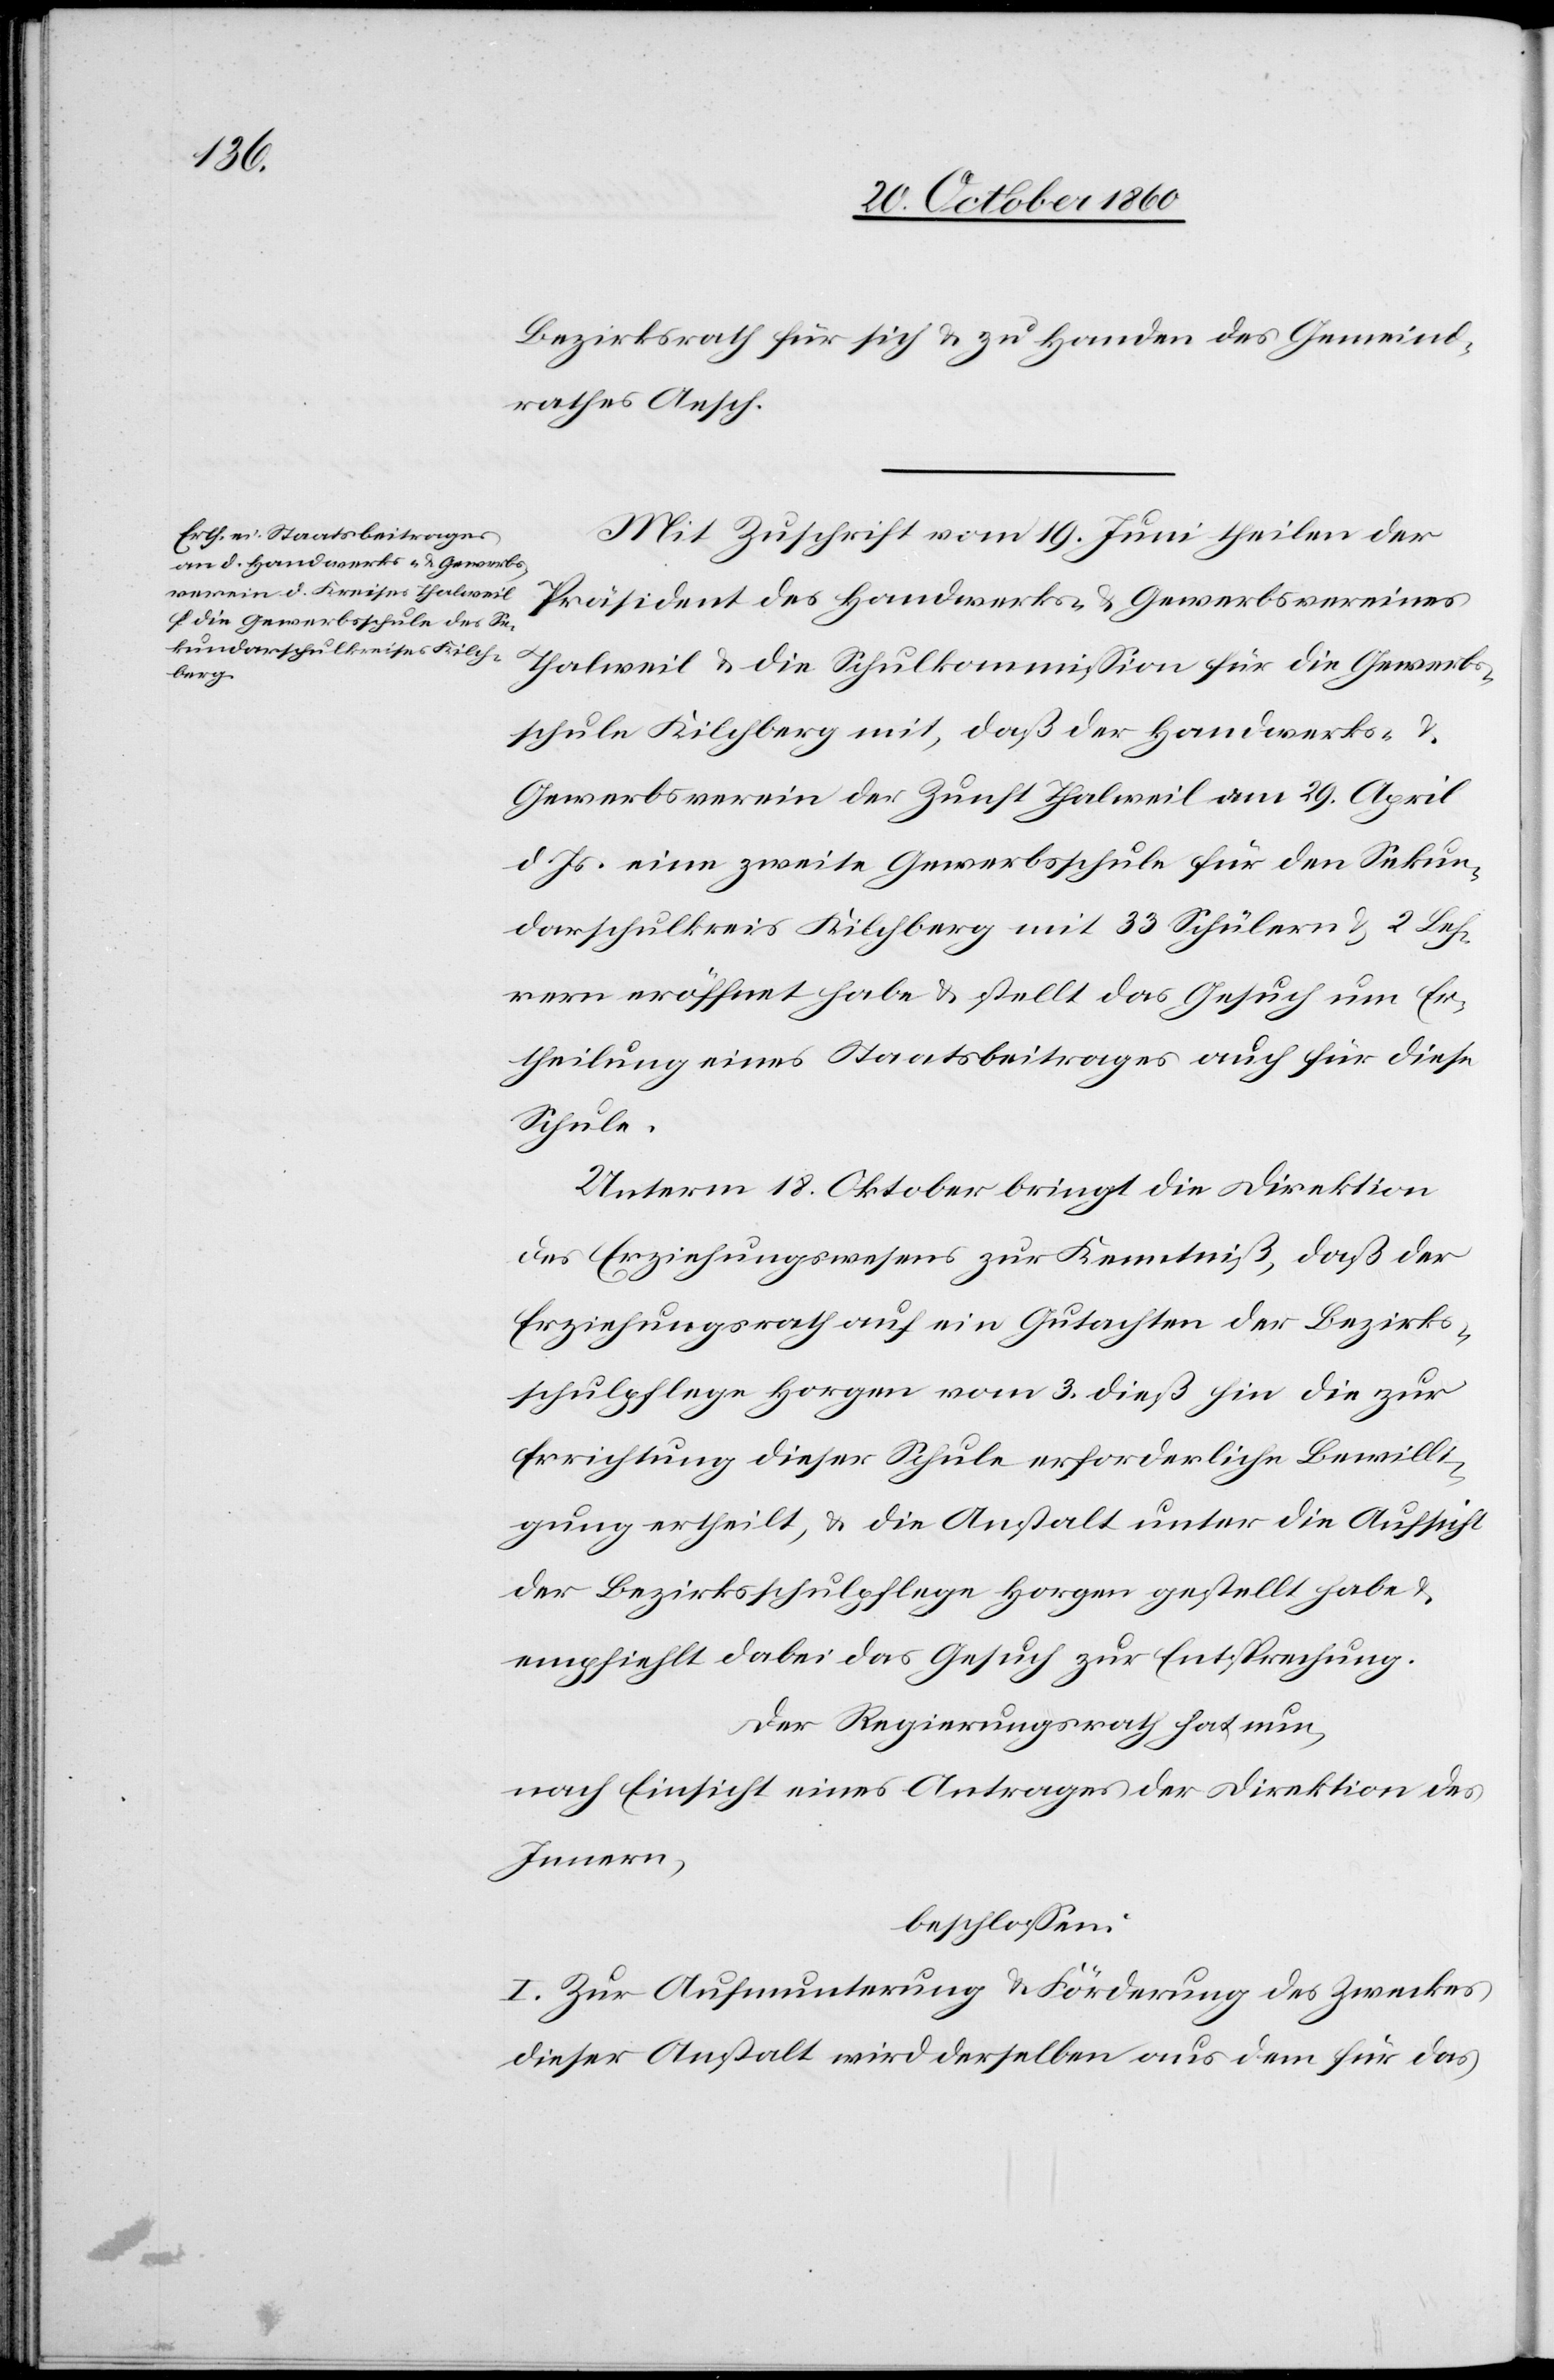
Bezirksrath für sich u. zu Handen des Gemeind¬
rathes Aesch.
Mit Zuschrift vom 19. Juni theilen der
Präsident des Handwerks- u. Gewerbsvereines
Thalweil u. die Schulkommission für die Gewerbs¬
schule Kilchberg mit, daß der Handwerks- u.
Gewerbsverein der Zunft Thalweil am 19. April
d. Js. eine zweite Gewerbsschule für den Sekun¬
darschulkreis Kilchberg mit 33 Schülern u. 2 Leh¬
rern eröffnet habe u. stellt das Gesuch um Er¬
theilung eines Staatsbeitrages auch für diese
Schule.
Unterm 18. Oktober bringt die Direktion
des Erziehungswesens zur Kenntniß, daß der
Erziehungsrath auf ein Gutachten der Bezirks¬
schulpflege Horgen vom 3. dieß hin die zur
Errichtung dieser Schule erforderliche Bewilli¬
gung ertheilt, u. die Anstalt unter die Aussicht
der Bezirksschulpflege Horgen gestellt habe u.
empfiehlt dabei das Gesuch zur Entsprechung.
Der Regierungsrath hat nun,
nach Einsicht eines Antrages der Direktion des
Innern,
beschlossen:
I. Zur Anwendung und Förderung des Zweckes
dieser Anstalt wird derselben aus dem für das